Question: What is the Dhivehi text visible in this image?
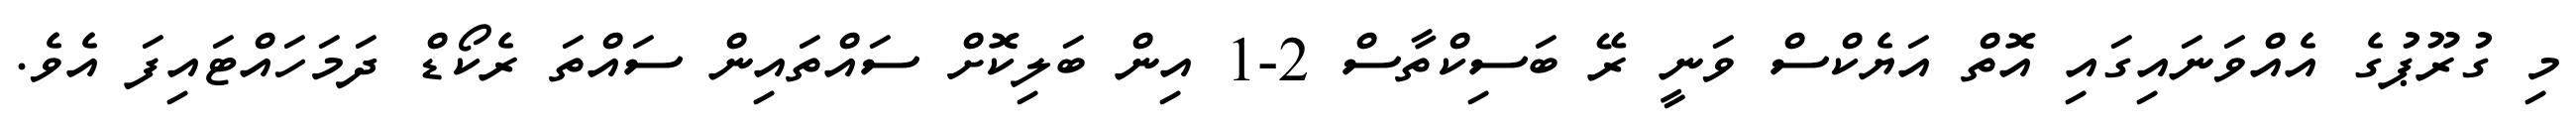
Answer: މި ގުރޫޕުގެ އެއްވަނައިގައި އޮތް އަޔެކްސް ވަނީ ރޭ ބަސިކްތާސް 2-1 އިން ބަލިކޮށް ސައްތައިން ސައްތަ ރެކޯޑް ދަމަހައްޓައިފަ އެވެ.